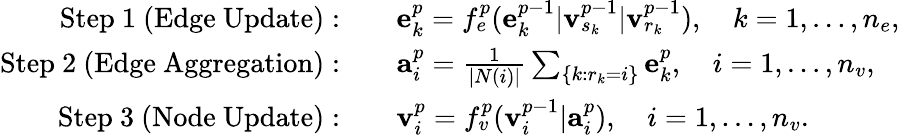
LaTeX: \begin{array}{rl}{\mathrm{Step~1~(Edge~Update):}}&{\quad{\mathbf e}_{k}^{p}={f}_{e}^{p}({\mathbf e}_{k}^{p-1}|{\mathbf v}_{s_{k}}^{p-1}|{\mathbf v}_{r_{k}}^{p-1}),\quad k=1,\ldots,n_{e},}\\ {\mathrm{Step~2~(Edge~Aggregation):}}&{\quad{\mathbf a}_{i}^{p}=\frac{1}{|N(i)|}\sum_{\{ k:r_{k}=i\} }{\mathbf e}_{k}^{p},\quad i=1,\ldots,n_{v},}\\ {\mathrm{Step~3~(Node~Update):}}&{\quad{\mathbf v}_{i}^{p}=f_{v}^{p}({\mathbf v}_{i}^{p-1}|{\mathbf a}_{i}^{p}),\quad i=1,\ldots,n_{v}.}\end{array}